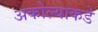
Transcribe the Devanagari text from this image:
अकोल्याकडे